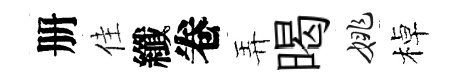
册佳纖卷弄暍姚棹